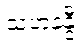
သဟနန္ဒီ